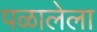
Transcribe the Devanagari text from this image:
पळालेला